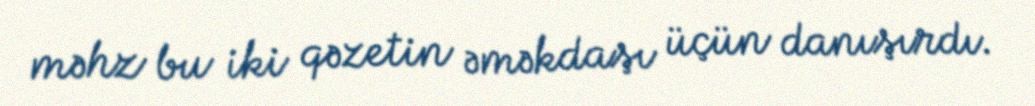
məhz bu iki qəzetin əməkdaşı üçün danışırdı.